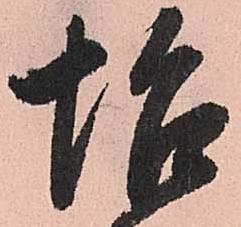
怡